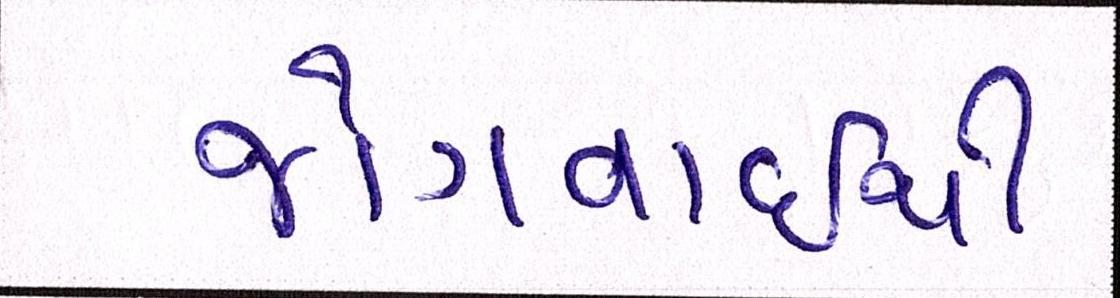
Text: જોગવાઈથી